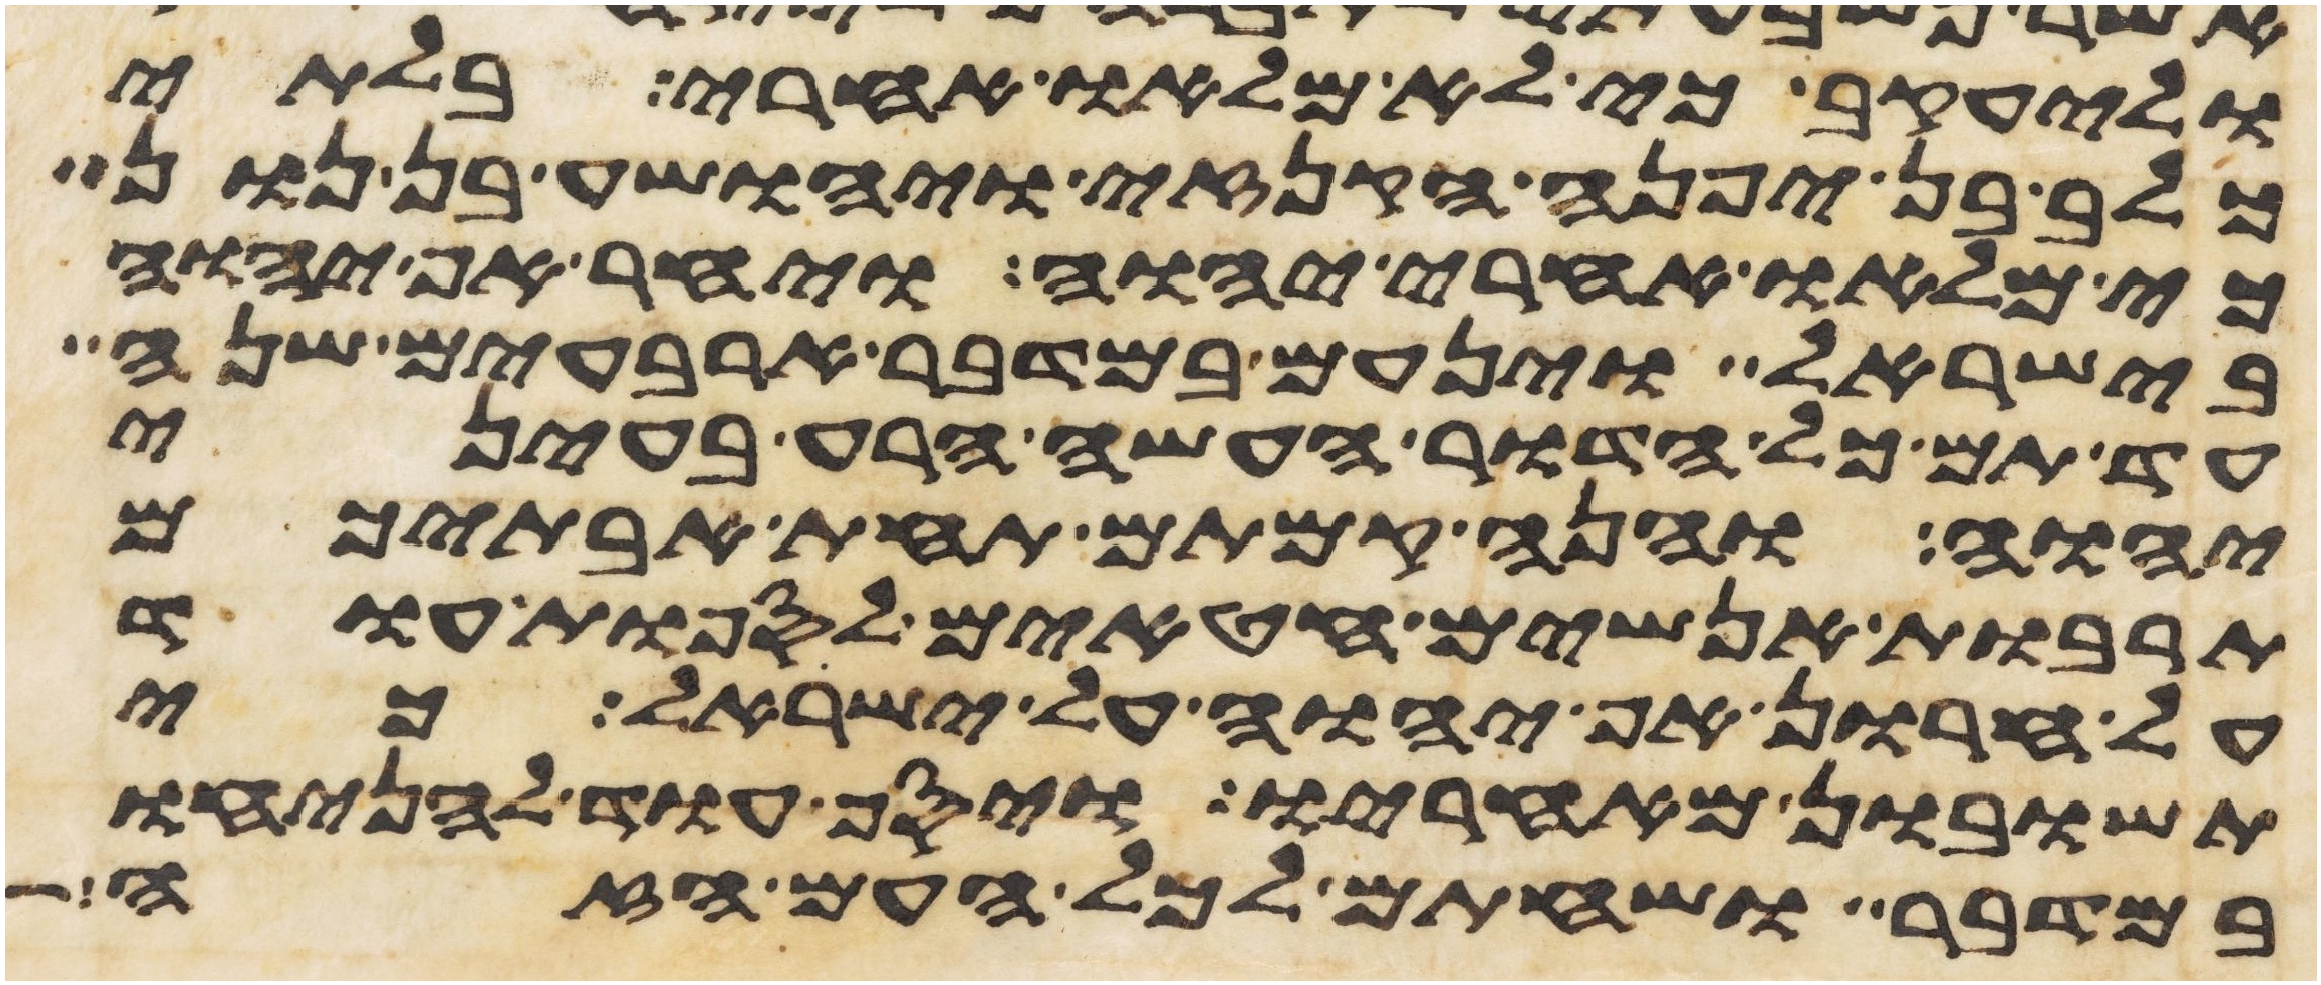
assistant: וליעקב כי לא מלאו אחרי בלתי
כלב בן יפנה הקנזי ויהושע בן נון
כי מלאו אחרי יהוה ויחר אף יהוה
בישראל וינעם במדבר ארבעים שנה
עד תם כל הדור העשה הרע בעיני
יהוה והנה קמתם תחת אבתיכם
תרבות אנשים חטאים לספות עוד
על חרון אף יהוה על ישראל כי
תשובון מאחריו ויסף עוד להניחו
במדבר ושחתם לכל העם הזה